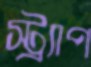
স্ট্র্যাপ